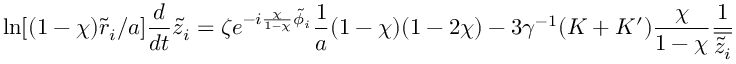
\ln [ ( 1 - \chi ) \tilde { r } _ { i } / a ] \frac { d } { d t } \tilde { z } _ { i } = \zeta e ^ { - i \frac { \chi } { 1 - \chi } \tilde { \phi } _ { i } } \frac { 1 } { a } ( 1 - \chi ) ( 1 - 2 \chi ) - 3 \gamma ^ { - 1 } ( K + K ^ { \prime } ) \frac { \chi } { 1 - \chi } \frac { 1 } { \overline { { \tilde { z } _ { i } } } }